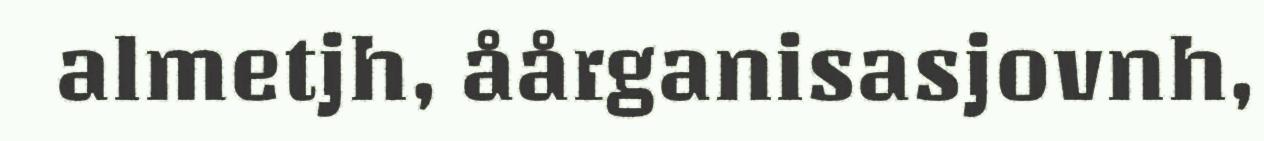
almetjh, åårganisasjovnh,